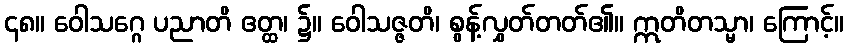
၄၈။ ဝေါသဂ္ဂေ ပညာတိ ဧတ္ထ၊ ၌။ ဝေါသဇ္ဇတိ၊ စွန့်လွှတ်တတ်၏။ ဣတိတသ္မာ၊ ကြောင့်။